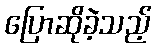
ပြောဆိုခဲ့သည့်